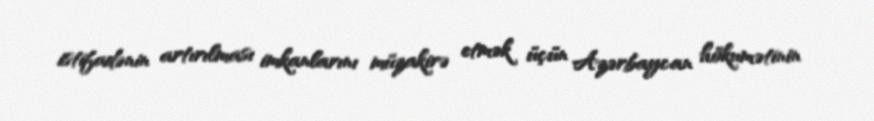
istifadənin artırılması imkanlarını müzakirə etmək üçün Azərbaycan hökumətinin